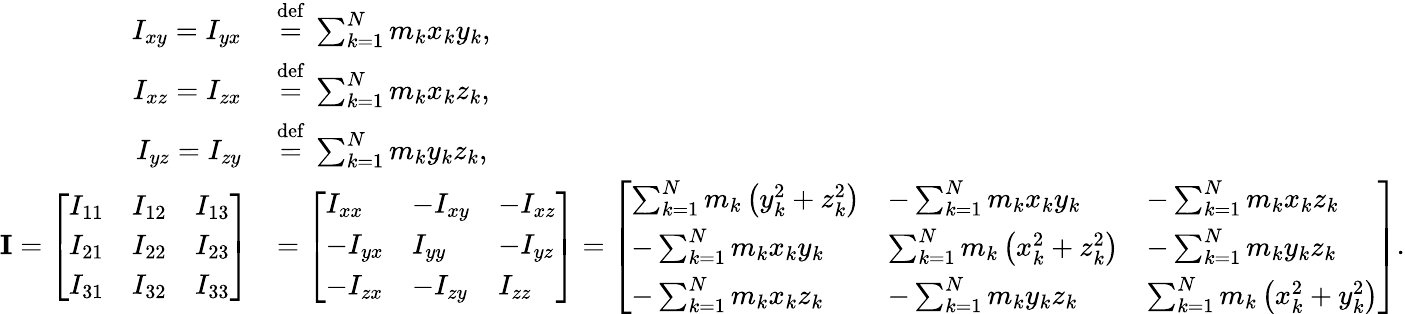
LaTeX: {\begin{array}{rl}{I_{xy}=I_{yx}\ }&{{\stackrel{\mathrm{def}}{=}}\ \sum_{k=1}^{N}m_{k}x_{k}y_{k},}\\ {I_{xz}=I_{zx}\ }&{{\stackrel{\mathrm{def}}{=}}\ \sum_{k=1}^{N}m_{k}x_{k}z_{k},}\\ {I_{yz}=I_{zy}\ }&{{\stackrel{\mathrm{def}}{=}}\ \sum_{k=1}^{N}m_{k}y_{k}z_{k},}\\ {\mathbf{I}={\left[\begin{array}{lll}{I_{11}}&{I_{12}}&{I_{13}}\\ {I_{21}}&{I_{22}}&{I_{23}}\\ {I_{31}}&{I_{32}}&{I_{33}}\end{array}\right]}}&{={\left[\begin{array}{lll}{I_{xx}}&{-I_{xy}}&{-I_{xz}}\\ {-I_{yx}}&{I_{yy}}&{-I_{yz}}\\ {-I_{zx}}&{-I_{zy}}&{I_{zz}}\end{array}\right]}={\left[\begin{array}{lll}{\sum_{k=1}^{N}m_{k}\left(y_{k}^{2}+z_{k}^{2}\right)}&{-\sum_{k=1}^{N}m_{k}x_{k}y_{k}}&{-\sum_{k=1}^{N}m_{k}x_{k}z_{k}}\\ {-\sum_{k=1}^{N}m_{k}x_{k}y_{k}}&{\sum_{k=1}^{N}m_{k}\left(x_{k}^{2}+z_{k}^{2}\right)}&{-\sum_{k=1}^{N}m_{k}y_{k}z_{k}}\\ {-\sum_{k=1}^{N}m_{k}x_{k}z_{k}}&{-\sum_{k=1}^{N}m_{k}y_{k}z_{k}}&{\sum_{k=1}^{N}m_{k}\left(x_{k}^{2}+y_{k}^{2}\right)}\end{array}\right]}.}\end{array}}